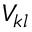
V _ { k l }